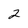
Character: 2